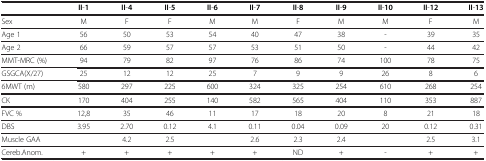
<table><thead><tr><td><b> </b></td><td><b>II-1</b></td><td><b>II-4</b></td><td><b>II-5</b></td><td><b>II-6</b></td><td><b>II-7</b></td><td><b>II-8</b></td><td><b>II-9</b></td><td><b>II-10</b></td><td><b>II-12</b></td><td><b>II-13</b></td></tr></thead><tbody><tr><td>Sex</td><td>M</td><td>F</td><td>F</td><td>M</td><td>M</td><td>F</td><td>M</td><td>M</td><td>F</td><td>M</td></tr><tr><td>Age 1</td><td>56</td><td>50</td><td>53</td><td>54</td><td>40</td><td>47</td><td>38</td><td>-</td><td>39</td><td>35</td></tr><tr><td>Age 2</td><td>66</td><td>59</td><td>57</td><td>57</td><td>53</td><td>51</td><td>50</td><td>-</td><td>44</td><td>42</td></tr><tr><td>MMT-MRC (%)</td><td>94</td><td>79</td><td>82</td><td>97</td><td>76</td><td>86</td><td>74</td><td>100</td><td>78</td><td>75</td></tr><tr><td>GSGCA(X/27)</td><td>25</td><td>12</td><td>12</td><td>25</td><td>7</td><td>9</td><td>9</td><td>26</td><td>8</td><td>6</td></tr><tr><td>6MWT (m)</td><td>580</td><td>297</td><td>225</td><td>600</td><td>324</td><td>325</td><td>254</td><td>610</td><td>268</td><td>254</td></tr><tr><td>CK</td><td>170</td><td>404</td><td>255</td><td>140</td><td>582</td><td>565</td><td>404</td><td>110</td><td>353</td><td>887</td></tr><tr><td>FVC %</td><td>12,8</td><td>35</td><td>46</td><td>11</td><td>17</td><td>18</td><td>20</td><td>8</td><td>21</td><td>18</td></tr><tr><td>DBS</td><td>3.95</td><td>2.70</td><td>0.12</td><td>4.1</td><td>0.11</td><td>0.04</td><td>0.09</td><td>20</td><td>0.12</td><td>0.31</td></tr><tr><td>Muscle GAA</td><td> </td><td>4.2</td><td>2.5</td><td> </td><td>2.6</td><td>2.3</td><td>2.4</td><td> </td><td>2.5</td><td>3.1</td></tr><tr><td>Cereb.Anom.</td><td>+</td><td>+</td><td>+</td><td>+</td><td>+</td><td>ND</td><td>+</td><td>-</td><td>+</td><td>+</td></tr></tbody></table>